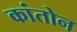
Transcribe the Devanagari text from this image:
कांतोन